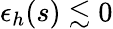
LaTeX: \epsilon_{h}(s)\lesssim 0